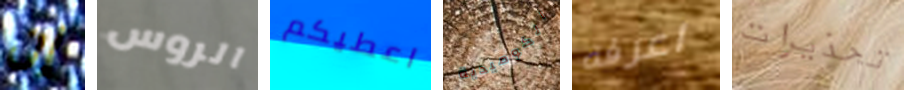
إن الروس اعطيكم الكوميدية اعرفه تحذيرات